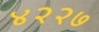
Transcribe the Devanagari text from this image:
४२२७